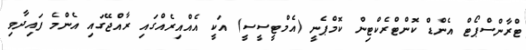
ޓްރާންސްޕޯޓް އެންޑް ކޮންޓްރެކްޓިން ކޮމްޕެނީ (އެމްޓީސީސީ) އަކީ އެއްއިރެއްގައި ރާއްޖޭގައި އެންމެ ފައިދާވި